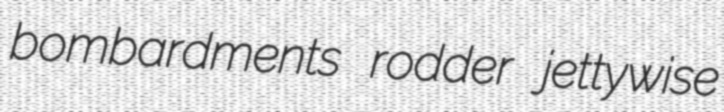
bombardments rodder jettywise